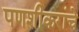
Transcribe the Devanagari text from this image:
पणशीकरांचे